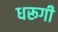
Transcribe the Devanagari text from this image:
धरूगी